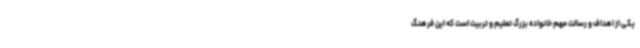
یکی از اهداف و رسالت مهم خانواده بزرگ‌ تعلیم و تربیت است که این فرهنگ